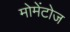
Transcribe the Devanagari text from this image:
मोमेंटोज